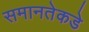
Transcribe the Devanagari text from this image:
समानतेकडे